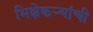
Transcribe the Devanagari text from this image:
भिक्षेकऱ्यांची